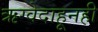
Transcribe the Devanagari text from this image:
ऋग्वेदाहूनही